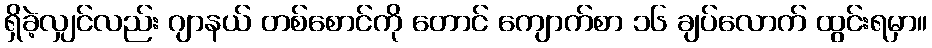
ရှိခဲ့လျှင်လည်း ဂျာနယ် တစ်စောင်ကို တောင် ကျောက်စာ ၁၆ ချပ်လောက် ထွင်းရမှာ။